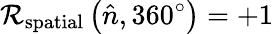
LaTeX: \mathcal{R}_{\mathrm{{spatial}}}\left({\hat{{n}}},360^{\circ}\right)=+1